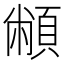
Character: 𩓝